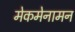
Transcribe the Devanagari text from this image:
मेकमेनामन